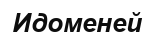
Идоменей